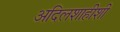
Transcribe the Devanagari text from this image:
अदिलशाहीशी